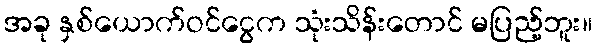
အခု နှစ်ယောက်ဝင်ငွေက သုံးသိန်းတောင် မပြည့်ဘူး။